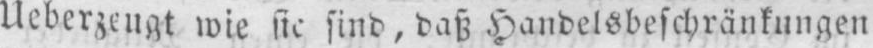
Ueberzeugt wie sie sind, daß Handelsbeschränkungen